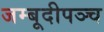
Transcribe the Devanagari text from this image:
जम्बूदीपञ्च